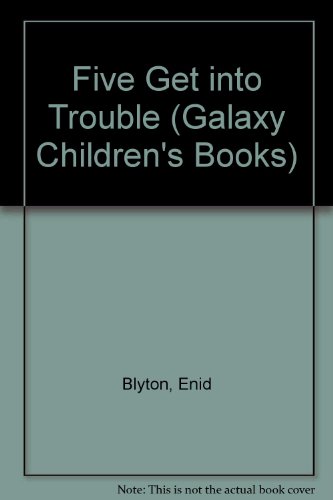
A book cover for Five Get into Trouble (Galaxy Children's Large Print); Enid Blyton; Teen & Young Adult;